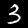
Digit: 3